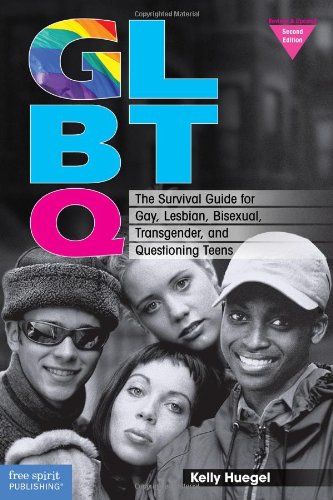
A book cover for GLBTQ: The Survival Guide for Gay, Lesbian, Bisexual, Transgender, and Questioning Teens; Kelly Huegel; Gay & Lesbian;